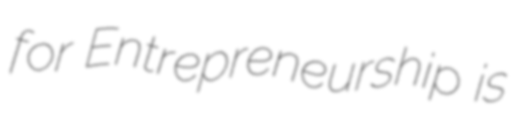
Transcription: for Entrepreneurship is